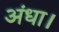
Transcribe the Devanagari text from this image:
अंधा।